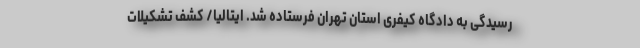
رسیدگی به دادگاه کیفری استان تهران فرستاده شد. ایتالیا/ کشف تشکیلات